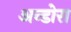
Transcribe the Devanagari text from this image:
अन्डोरा